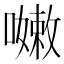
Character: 𡁛